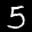
Label: 5